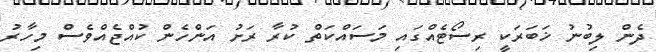
ދެން ލިބުނު ޚަބަރަކީ ރިސޯޓެއްގައި މަސައްކަތް ކުރާ ރަށު އަންހެން ކުއްޖެއްވެސް މިހާރު